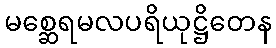
မစ္ဆေရမလပရိယုဋ္ဌိတေန